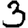
Digit: 3